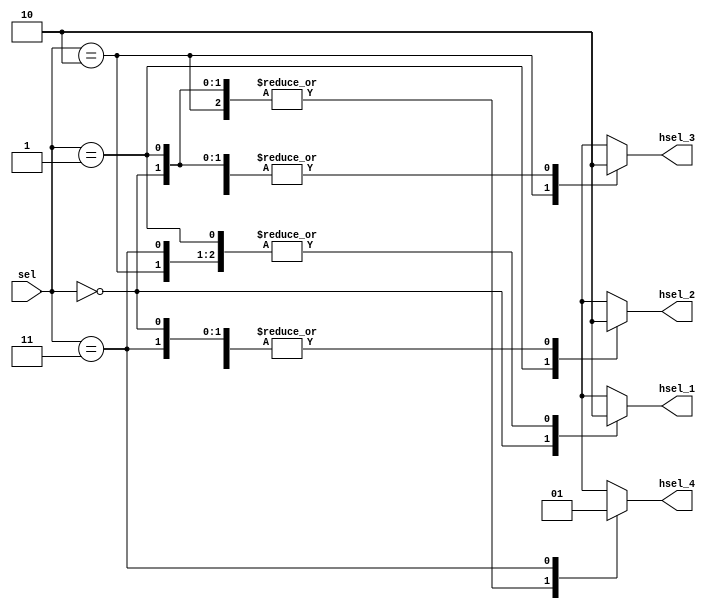
//-----------------------------------------------------------
// Module Name: Decoder
// The decoder for ahb system with 4 slave
// Created on 2020-11-2
//-----------------------------------------------------------

module decoder(
  input [1:0] sel,
  output reg hsel_1,
  output reg hsel_2,
  output reg hsel_3,
  output reg hsel_4
);

always @(*) begin
  case(sel)
    2'b00: begin
      hsel_1 = 1'b1;
      hsel_2 = 1'b0;
      hsel_3 = 1'b0;
      hsel_4 = 1'b0;
    end
    2'b01: begin
      hsel_1 = 1'b0;
      hsel_2 = 1'b1;
      hsel_3 = 1'b0;
      hsel_4 = 1'b0;
    end
    2'b10: begin
      hsel_1 = 1'b0;
      hsel_2 = 1'b0;
      hsel_3 = 1'b1;
      hsel_4 = 1'b0;
    end
    2'b11: begin
      hsel_1 = 1'b0;
      hsel_2 = 1'b0;
      hsel_3 = 1'b0;
      hsel_4 = 1'b1;
    end
    default: begin
      hsel_1 = 1'b0;
      hsel_2 = 1'b0;
      hsel_3 = 1'b0;
      hsel_4 = 1'b0;
    end
  endcase
end


endmodule